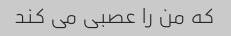
که من را عصبی می کند